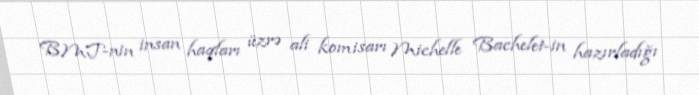
BMT-nin insan haqları üzrə ali komisarı Michelle Bachelet-in hazırladığı